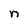
Character: n